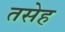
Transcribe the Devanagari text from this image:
तसेह